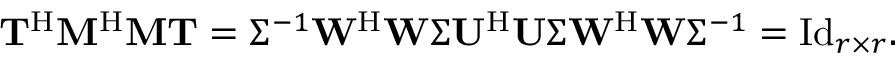
\begin{array} { r } { \mathbf { T } ^ { \mathrm { H } } \mathbf { M } ^ { \mathrm { H } } \mathbf { M } \mathbf { T } = \Sigma ^ { - 1 } \mathbf { W } ^ { \mathrm { H } } \mathbf { W } \Sigma \mathbf { U } ^ { \mathrm { H } } \mathbf { U } \Sigma \mathbf { W } ^ { \mathrm { H } } \mathbf { W } \Sigma ^ { - 1 } = \mathrm { I d } _ { r \times r } . } \end{array}